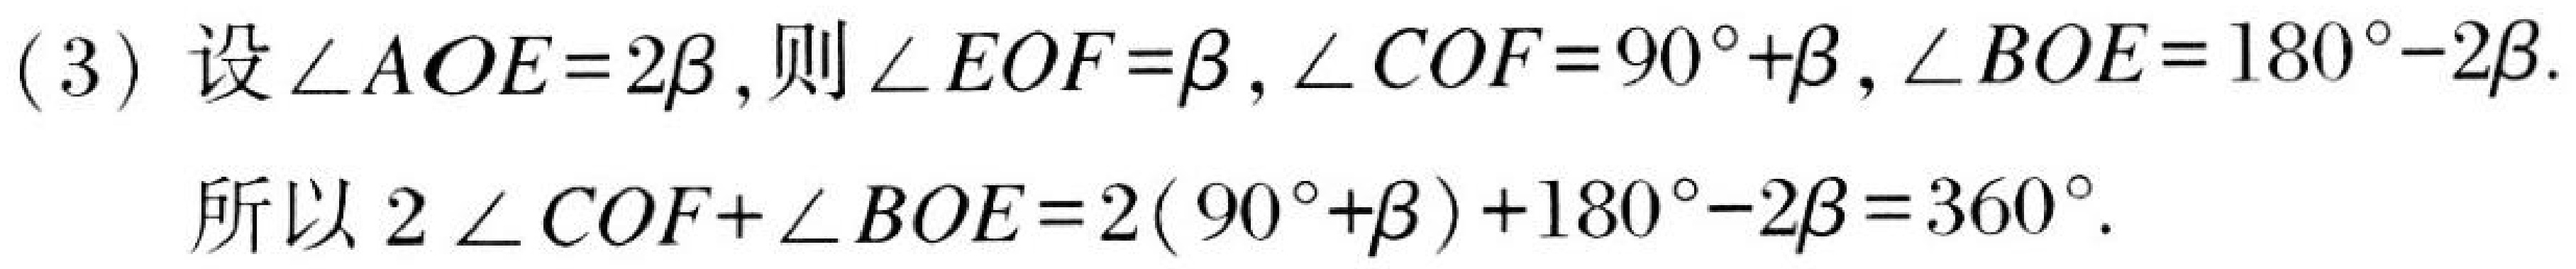
(3) 设$\angle AOE = 2\beta$，则$\angle EOF=\beta$，$\angle COF = 90^{\circ}+\beta$，$\angle BOE = 180^{\circ}-2\beta$.
所以$2\angle COF+\angle BOE = 2(90^{\circ}+\beta)+180^{\circ}-2\beta = 360^{\circ}$.